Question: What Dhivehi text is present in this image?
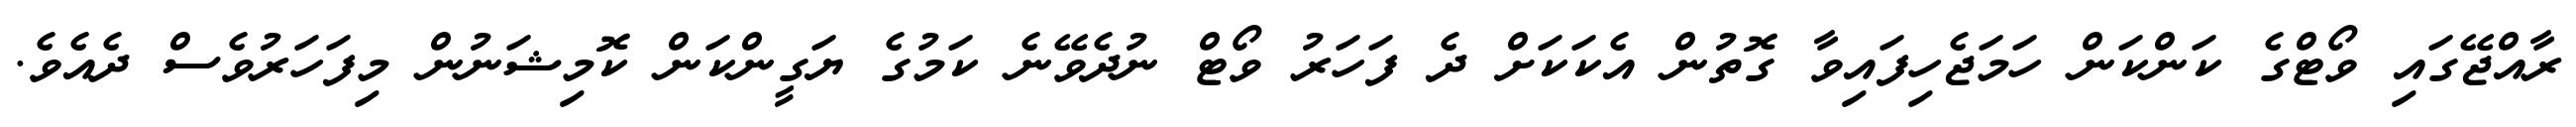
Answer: ރާއްޖޭގައި ވޯޓްގެ ކަންކަން ހަމަޖެހިފައިވާ ގޮތުން އެކަކަށް ދެ ފަހަރު ވޯޓް ނުދެވޭނެ ކަމުގެ ޔަގީންކަން ކޮމިޝަނުން މިފަހަރުވެސް ދެއެވެ.